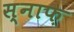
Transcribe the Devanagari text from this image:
स्नाफ़